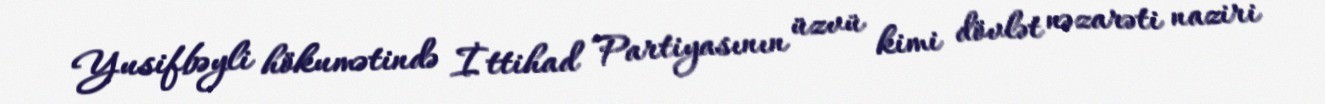
Yusifbəyli hökumətində İttihad Partiyasının üzvü kimi dövlət nəzarəti naziri